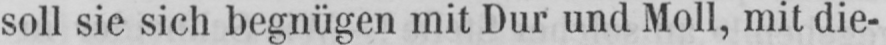
soll sie sich begnügen mit Dur und Moll, mit die-